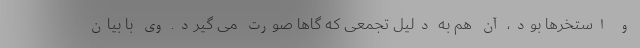
و استخرها بود، آن هم به دلیل تجمعی که گاها صورت می گیرد. وی با بیان